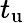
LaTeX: t_{\mathrm{u}}